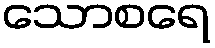
သောစရေ